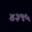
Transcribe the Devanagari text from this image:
४३९५